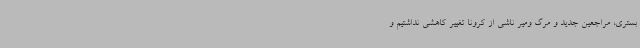
بستری، مراجعین جدید و مرگ ومیر ناشی از کرونا تغییر کاهشی نداشتیم و